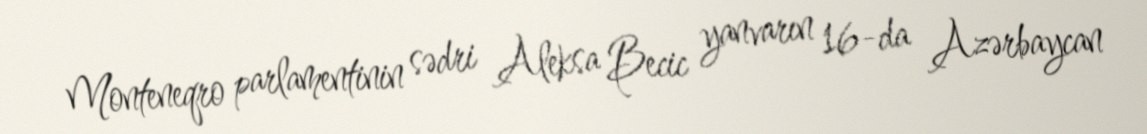
Monteneqro parlamentinin sədri Aleksa Becic yanvarın 16-da Azərbaycan